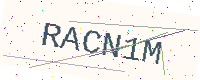
Text: RACN1M